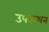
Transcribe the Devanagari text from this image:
उपकथन